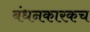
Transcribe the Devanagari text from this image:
बंधनकारकच